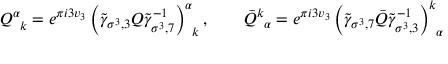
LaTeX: Q _ { \; \; k } ^ { \alpha } = e ^ { \pi i 3 v _ { 3 } } \left( \widetilde { \gamma } _ { \sigma ^ { 3 } , 3 } Q \widetilde { \gamma } _ { \sigma ^ { 3 } , 7 } ^ { - 1 } \right) _ { \; \; k } ^ { \alpha } , \quad \quad \bar { Q } _ { \; \; \alpha } ^ { k } = e ^ { \pi i 3 v _ { 3 } } \left( \widetilde { \gamma } _ { \sigma ^ { 3 } , 7 } \bar { Q } \widetilde { \gamma } _ { \sigma ^ { 3 } , 3 } ^ { - 1 } \right) _ { \; \; \alpha } ^ { k }